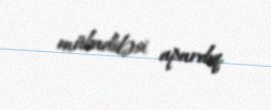
mübadiləsi apardıq.